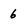
Character: 6